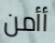
أأمن